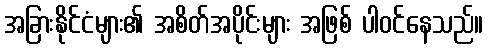
အခြားနိုင်ငံများ၏ အစိတ်အပိုင်းများ အဖြစ် ပါဝင်နေသည်။